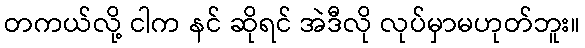
တကယ်လို့ ငါက နင် ဆိုရင် အဲဒီလို လုပ်မှာမဟုတ်ဘူး။